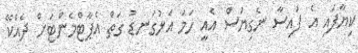
ކިޔާފައި އެ ފައިސާ ނެގިޔަސް އެއީ ހަމަ އަޅުގަނޑު ގަތް އެޕާޓްމެންޓަށް ދެއްކޭ